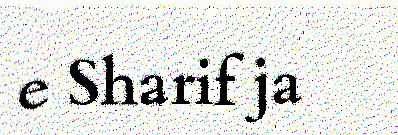
e Sharif ja